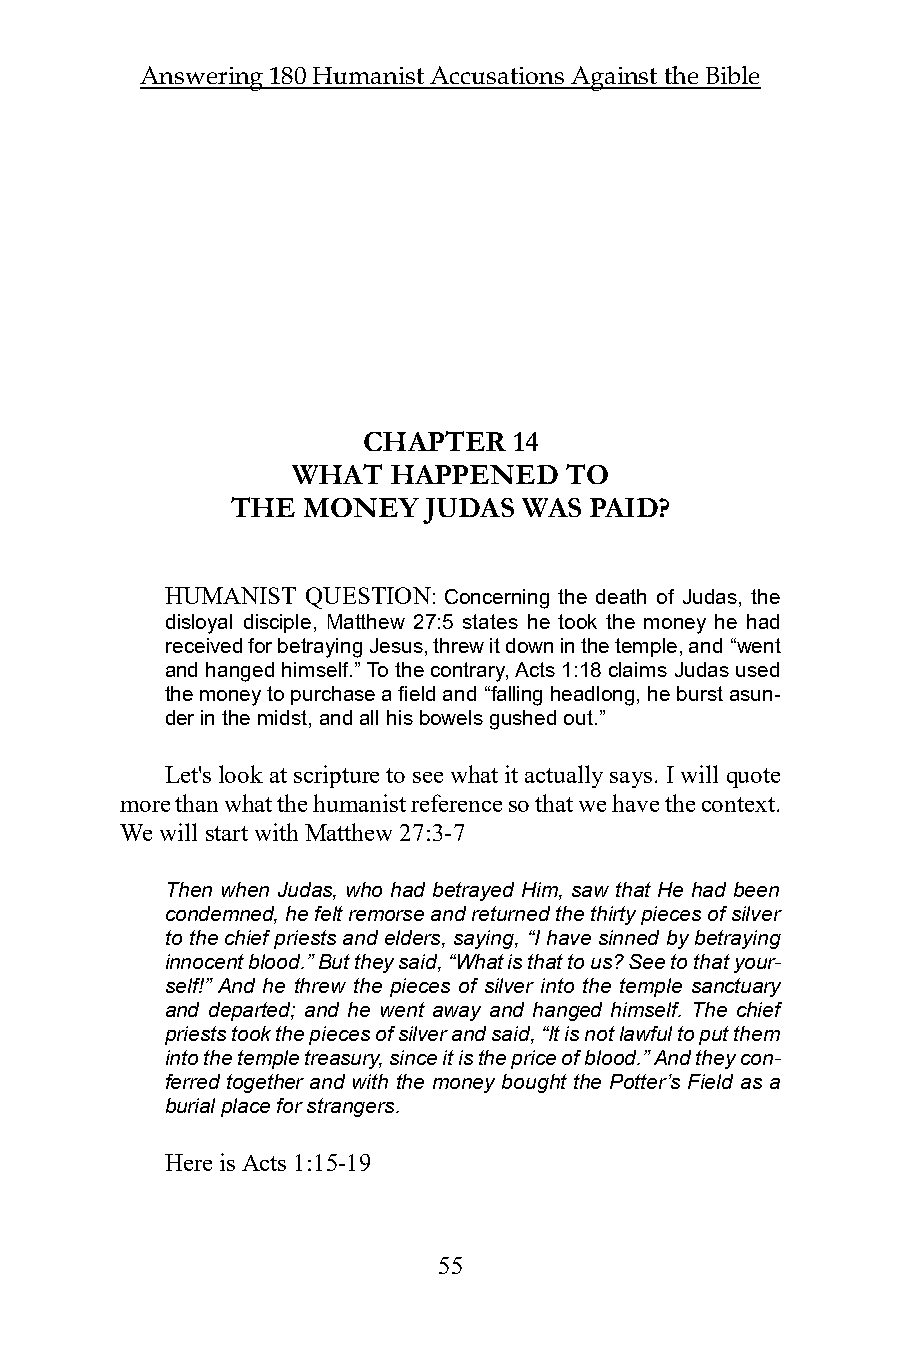
Answering 180 Humanist Accusations Against the Bible
 CHAPTER   14
 WHAT   HAPPENED   TO
 THE  MONEY   JUDAS  WAS PAID?
 HUMANIST QUESTION: Concerning the death of Judas, the
 disloyal disciple, Matthew 27:5 states he took the money he had
 received for betraying Jesus, threw it down in the temple, and “went
 and hanged himself.” To the contrary, Acts 1:18 claims Judas used
 the money to purchase a field and “falling headlong, he burst asun-
 der in the midst, and all his bowels gushed out.”
 Let's look at scripture to see what it actually says. I will quote
 more than what the humanist reference so that we have the context.
 We will start with Matthew 27:3-7
 Then when Judas, who had betrayed Him, saw that He had been
 condemned, he felt remorse and returned the thirty pieces of silver
 to the chief priests and elders, saying, “I have sinned by betraying
 innocent blood.” But they said, “What is that to us? See to that your-
 self!” And he threw the pieces of silver into the temple sanctuary
 and departed; and he went away and hanged himself. The chief
 priests took the pieces of silver and said, “It is not lawful to put them
 into the temple treasury, since it is the price of blood.” And they con-
 ferred together and with the money bought the Potter’s Field as a
 burial place for strangers.
 Here is Acts 1:15-19
 55